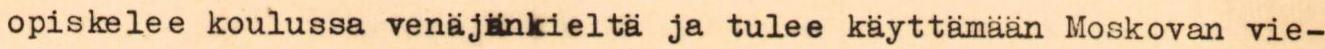
opiskelee koulussa venäjänkieltä ja tulee käyttämään Moskovan vie-